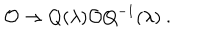
LaTeX: { \cal O } \to Q ( \lambda ) { \cal O } Q ^ { - 1 } ( \lambda ) ~ .